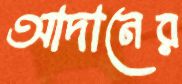
আদানের